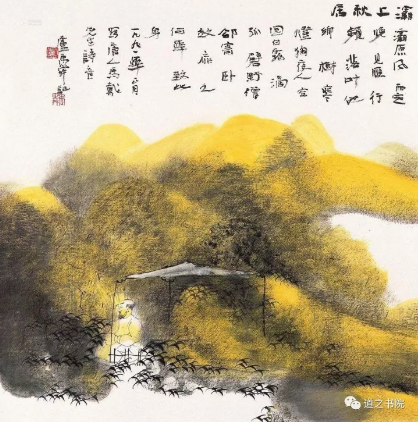
秋送新鸿哀破国，昼行饥虎齧空林。